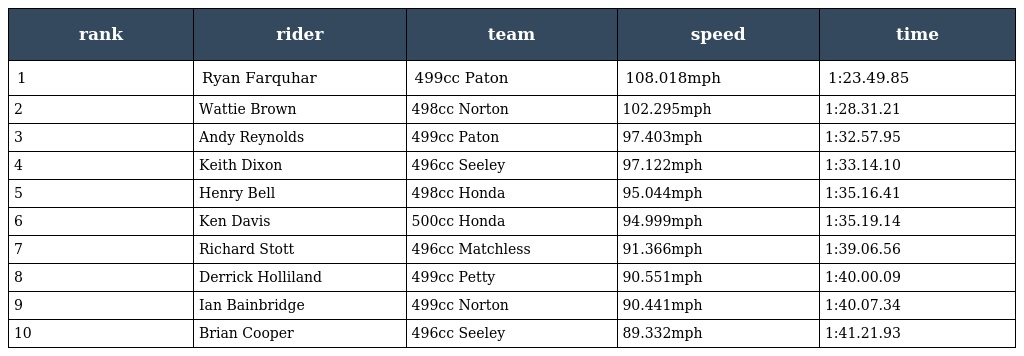
| rank | rider | team | speed | time |
 | --- | --- | --- | --- | --- |
 | 1 | Ryan Farquhar | 499cc Paton | 108.018mph | 1:23.49.85 |
 | 2 | Wattie Brown | 498cc Norton | 102.295mph | 1:28.31.21 |
 | 3 | Andy Reynolds | 499cc Paton | 97.403mph | 1:32.57.95 |
 | 4 | Keith Dixon | 496cc Seeley | 97.122mph | 1:33.14.10 |
 | 5 | Henry Bell | 498cc Honda | 95.044mph | 1:35.16.41 |
 | 6 | Ken Davis | 500cc Honda | 94.999mph | 1:35.19.14 |
 | 7 | Richard Stott | 496cc Matchless | 91.366mph | 1:39.06.56 |
 | 8 | Derrick Holliland | 499cc Petty | 90.551mph | 1:40.00.09 |
 | 9 | Ian Bainbridge | 499cc Norton | 90.441mph | 1:40.07.34 |
 | 10 | Brian Cooper | 496cc Seeley | 89.332mph | 1:41.21.93 |